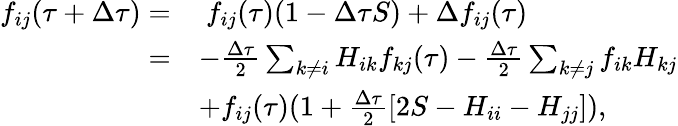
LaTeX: \begin{array}{rl}{f_{ij}(\tau+\Delta\tau)=}&{\ f_{ij}(\tau)(1-\Delta\tau S)+\Delta f_{ij}(\tau)}\\ {=}&{-\frac{\Delta\tau}{2}\sum_{k\ne i}H_{ik}f_{kj}(\tau)-\frac{\Delta\tau}{2}\sum_{k\ne j}f_{ik}H_{kj}}\\ &{+f_{ij}(\tau)(1+\frac{\Delta\tau}{2}\left[2S-H_{ii}-H_{jj}\right]),}\end{array}